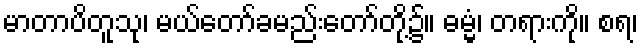
မာတာပိတူသု၊ မယ်တော်ခမည်းတော်တို့၌။ ဓမ္မံ၊ တရားကို။ စရ၊